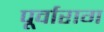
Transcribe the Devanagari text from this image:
पूर्वाराग